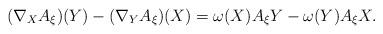
LaTeX: \begin{align*}(\nabla_{X}A_{\xi})(Y)-(\nabla_{Y}A_{\xi})(X)=\omega(X)A_{\xi} Y-\omega(Y)A_{\xi} X.\end{align*}